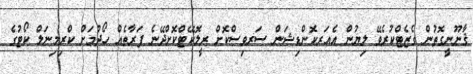
ޤާނޫނީގޮތުން ގެޒެޓްކުރެވޭ ލިޔުން އެއަރކޮންޑިޝަން ސަރވިސްކޮށް ރީލޮކޭޓްކޮށްދޭނެ ފަރާތެއް ހޯދުމަށް ކްރިމިނަލް ކޯޓުގެ